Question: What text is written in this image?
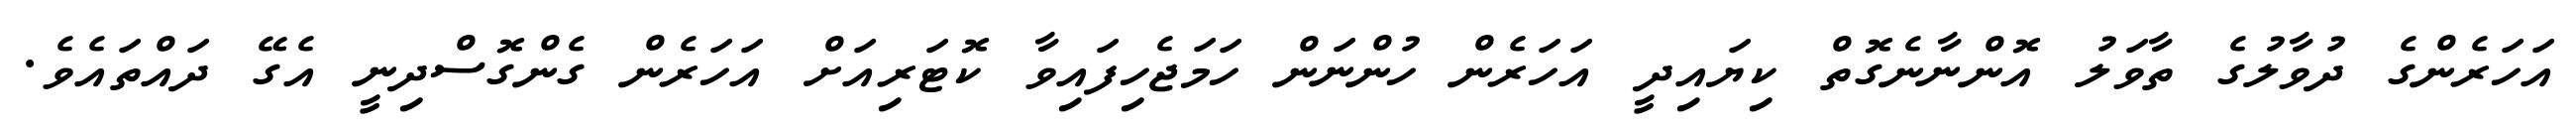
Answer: އަހަރެންގެ ދުވާލުގެ ތާވަލު އޮންނާނެގޮތް ކިޔައިދީ އަހަރެން ހުންނަން ހަމަޖެހިފައިވާ ކޮޓަރިއަށް އަހަރެން ގެންގޮސްދިނީ އެގޭ ދައްތައެވެ.